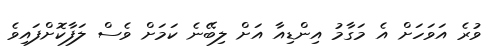
ވުރެ އަވަހަށް އެ މަގާމު އިންޑިއާ އަށް ލިބޭނެ ކަމަށް ވެސް ލަފާކޮށްފައިވެ